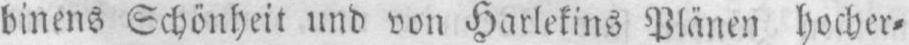
binens Schönheit und von Harlekins Plänen hocher⸗